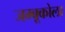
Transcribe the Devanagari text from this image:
जम्बूकोला